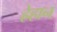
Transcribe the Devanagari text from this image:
ह्रेहान